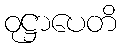
ဝုဋ္ဌာပေတိ